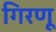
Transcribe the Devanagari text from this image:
गिरणू